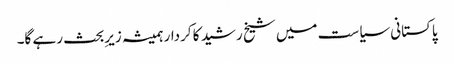
پاکستانی سیاست میں شیخ رشید کا کردار ہمیشہ زیرِبحث رہے گا۔